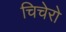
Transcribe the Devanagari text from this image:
चिचेरो